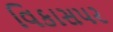
વિકાસપર